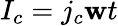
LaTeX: I_{c}=j_{c}\mathbf{w}t